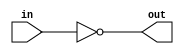
module coreir_not #(
    parameter width = 1
) (
    input [width-1:0] in,
    output [width-1:0] out
);
  assign out = ~in;
endmodule

module coreir_add #(
    parameter width = 1
) (
    input [width-1:0] in0,
    input [width-1:0] in1,
    output [width-1:0] out
);
  assign out = in0 + in1;
endmodule

module corebit_not (
    input in,
    output out
);
  assign out = ~in;
endmodule

module corebit_const #(
    parameter value = 1
) (
    output out
);
  assign out = value;
endmodule

module Add8_cout_cin (
    input [7:0] I0,
    input [7:0] I1,
    output [7:0] O,
    output COUT,
    input CIN
);
wire bit_const_0_None_out;
wire [8:0] coreir_add9_inst0_out;
wire [8:0] coreir_add9_inst1_out;
corebit_const #(
    .value(1'b0)
) bit_const_0_None (
    .out(bit_const_0_None_out)
);
wire [8:0] coreir_add9_inst0_in1;
assign coreir_add9_inst0_in1 = {bit_const_0_None_out,I1};
coreir_add #(
    .width(9)
) coreir_add9_inst0 (
    .in0(coreir_add9_inst1_out),
    .in1(coreir_add9_inst0_in1),
    .out(coreir_add9_inst0_out)
);
wire [8:0] coreir_add9_inst1_in0;
assign coreir_add9_inst1_in0 = {bit_const_0_None_out,bit_const_0_None_out,bit_const_0_None_out,bit_const_0_None_out,bit_const_0_None_out,bit_const_0_None_out,bit_const_0_None_out,bit_const_0_None_out,CIN};
wire [8:0] coreir_add9_inst1_in1;
assign coreir_add9_inst1_in1 = {bit_const_0_None_out,I0};
coreir_add #(
    .width(9)
) coreir_add9_inst1 (
    .in0(coreir_add9_inst1_in0),
    .in1(coreir_add9_inst1_in1),
    .out(coreir_add9_inst1_out)
);
assign O = coreir_add9_inst0_out[7:0];
assign COUT = coreir_add9_inst0_out[8];
endmodule

module Sub8_cout_cin (
    input [7:0] I0,
    input [7:0] I1,
    output [7:0] O,
    output COUT,
    input CIN
);
wire [7:0] Add8_cout_cin_inst0_O;
wire Add8_cout_cin_inst0_COUT;
wire [7:0] Invert8_inst0_out;
wire not_inst0_out;
Add8_cout_cin Add8_cout_cin_inst0 (
    .I0(I0),
    .I1(Invert8_inst0_out),
    .O(Add8_cout_cin_inst0_O),
    .COUT(Add8_cout_cin_inst0_COUT),
    .CIN(not_inst0_out)
);
coreir_not #(
    .width(8)
) Invert8_inst0 (
    .in(I1),
    .out(Invert8_inst0_out)
);
corebit_not not_inst0 (
    .in(CIN),
    .out(not_inst0_out)
);
assign O = Add8_cout_cin_inst0_O;
assign COUT = Add8_cout_cin_inst0_COUT;
endmodule